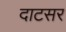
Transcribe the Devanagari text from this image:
दाटसर